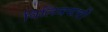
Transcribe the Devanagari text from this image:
विलियमची